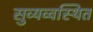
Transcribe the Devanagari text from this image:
सुव्यव्वस्थित